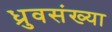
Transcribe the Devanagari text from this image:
ध्रुवसंख्या